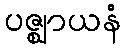
ပဇ္ဈာယနံ